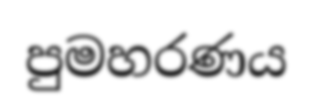
පුමහරණය